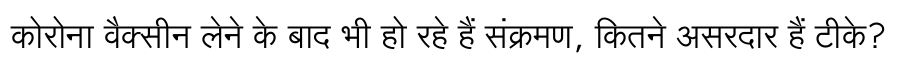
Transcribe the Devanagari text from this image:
कोरोना वैक्सीन लेने के बाद भी हो रहे हैं संक्रमण, कितने असरदार हैं टीके?